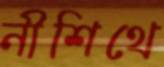
নীশিথে